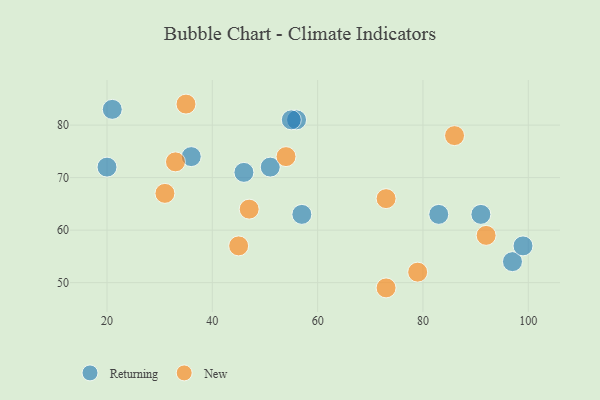
{"axis": {"x": "GDP", "y": "Life Expectancy"}, "legend": ["New", "Returning"], "data": [{"x": "21", "y": 83, "type": "Returning"}, {"x": "56", "y": 81, "type": "Returning"}, {"x": "20", "y": 72, "type": "Returning"}, {"x": "97", "y": 54, "type": "Returning"}, {"x": "99", "y": 57, "type": "Returning"}, {"x": "36", "y": 74, "type": "Returning"}, {"x": "57", "y": 63, "type": "Returning"}, {"x": "83", "y": 63, "type": "Returning"}, {"x": "46", "y": 71, "type": "Returning"}, {"x": "51", "y": 72, "type": "Returning"}, {"x": "91", "y": 63, "type": "Returning"}, {"x": "55", "y": 81, "type": "Returning"}, {"x": "33", "y": 73, "type": "New"}, {"x": "45", "y": 57, "type": "New"}, {"x": "31", "y": 67, "type": "New"}, {"x": "35", "y": 84, "type": "New"}, {"x": "92", "y": 59, "type": "New"}, {"x": "47", "y": 64, "type": "New"}, {"x": "54", "y": 74, "type": "New"}, {"x": "73", "y": 49, "type": "New"}, {"x": "86", "y": 78, "type": "New"}, {"x": "73", "y": 66, "type": "New"}, {"x": "79", "y": 52, "type": "New"}]}